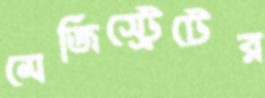
মেজিস্ট্রেটের